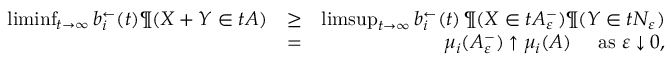
\begin{array} { r l r } { \operatorname* { l i m i n f } _ { t \to \infty } b _ { i } ^ { \leftarrow } ( t ) \P ( \boldsymbol X + \boldsymbol Y \in t A ) } & { \geq } & { \operatorname* { l i m s u p } _ { t \to \infty } b _ { i } ^ { \leftarrow } ( t ) \, \P ( \boldsymbol X \in t A _ { \varepsilon } ^ { - } ) \P ( \boldsymbol Y \in t N _ { \varepsilon } ) } \\ & { = } & { \mu _ { i } ( A _ { \varepsilon } ^ { - } ) \uparrow \mu _ { i } ( A ) \quad \mathrm { ~ a s ~ } \varepsilon \downarrow 0 , } \end{array}